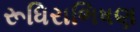
રૂધિરાભિષણ